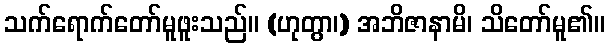
သက်ရောက်တော်မူဖူးသည်။ (ဟုတွာ၊) အဘိဇာနာမိ၊ သိတော်မူ၏။